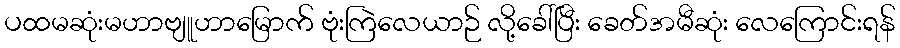
ပထမဆုံးမဟာဗျူဟာမြောက် ဗုံးကြဲလေယာဉ် လို့ခေါ်ပြီး ခေတ်အမီဆုံး လေကြောင်းရန်